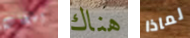
اعجاب هناك لماذا